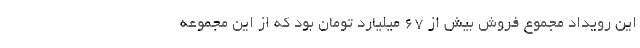
این رویداد مجموع فروش بیش از ۶۷ میلیارد تومان بود که از این مجموعه